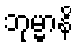
ဘုမ္မာနိ